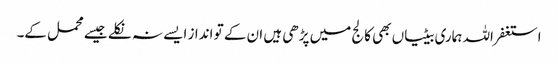
استغفر اللہ ہماری بیٹیاں بھی کالج میں پڑھی ہیں ان کے تو انداز ایسے نہ نکلے جیسے محمل کے۔